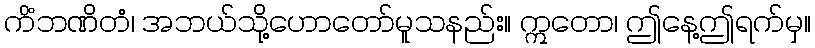
ကိံဘဏိတံ၊ အဘယ်သို့ဟောတော်မူသနည်း။ ဣတော၊ ဤနေ့ဤရက်မှ။